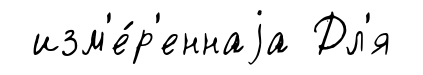
изм'е́р'еннаjа Дл'я